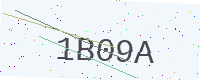
Text: 1B09A